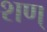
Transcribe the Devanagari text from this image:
शण्